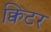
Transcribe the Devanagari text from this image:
क्विटर